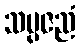
သမ္ပဇညံ